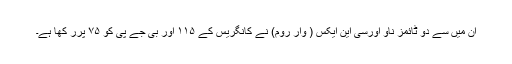
ان میں سے دو ٹائمز ناو اورسی این ایکس ( وار روم) نے کانگریس کے ۱۱۵ اور بی جے پی کو ۷۵ پرر کھا ہے۔